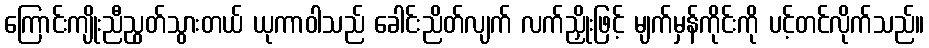
ကြောင်းကျိုးညီညွတ်သွားတယ် ယုကာဝါသည် ခေါင်းညိတ်လျက် လက်ညှိုးဖြင့် မျက်မှန်ကိုင်းကို ပင့်တင်လိုက်သည်။